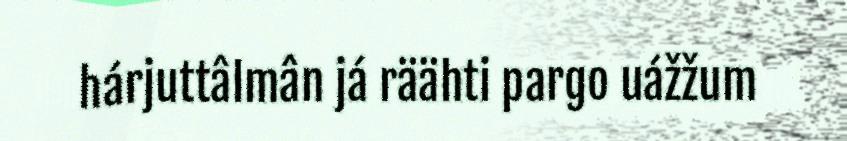
hárjuttâlmân já räähti pargo uážžum